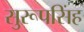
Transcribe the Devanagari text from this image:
सुरूपसिंह